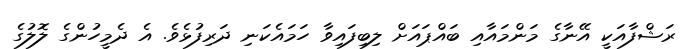
ރަޝްފާއަކީ އޭނާގެ މަންމައާއި ބައްޕައަށް ލިބިފައިވާ ހަމައެކަނި ދަރިފުޅެވެ. އެ ދެމީހުންގެ ލޮލުގެ